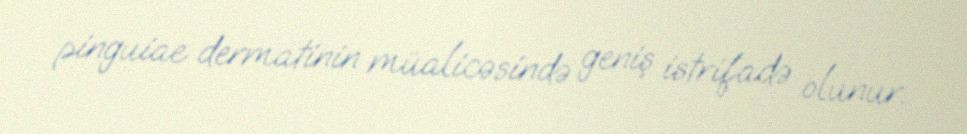
pinguiae dermatinin müalicəsində geniş istrifadə olunur.